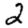
Digit: 2